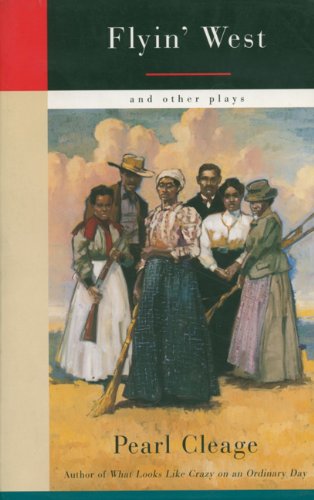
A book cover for Flyin' West and Other Plays; Pearl Cleage; Literature & Fiction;